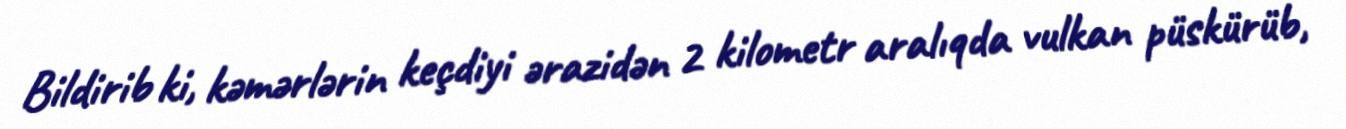
Bildirib ki, kəmərlərin keçdiyi ərazidən 2 kilometr aralıqda vulkan püskürüb,